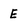
Character: E